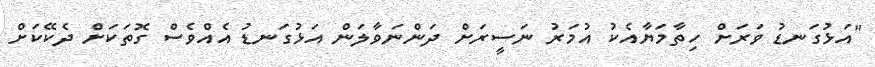
"އަޅުގަނޑު ވަރަށް ހިތާމަޔާއެކު އުމަރު ނަސީރަށް ދަންނަވާލަން އަޅުގަނޑު އެއްވެސް ގޮތަކަށް ދެކޭކަށް